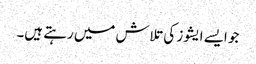
جو ایسے ایشوز کی تلاش میں رہتے ہیں۔